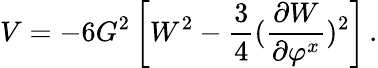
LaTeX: V=-6G^{2}\left[W^{2}-\frac 34({\frac{\partial W}{\partial\varphi^{x}}})^{2}\right]\, .